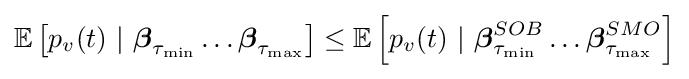
\mathbb {E} \left[p_{v}(t)~|~{\boldsymbol {\beta }}_{\tau _{\min }}\ldots {\boldsymbol {\beta }}_{\tau _{\max }}\right]\leq \mathbb {E} \left[p_{v}(t)~|~{\boldsymbol {\beta }}_{\tau _{\min }}^{SOB}\ldots {\boldsymbol {\beta }}_{\tau _{\max }}^{SMO}\right]